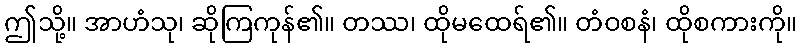
ဤသို့။ အာဟံသု၊ ဆိုကြကုန်၏။ တဿ၊ ထိုမထေရ်၏။ တံဝစနံ၊ ထိုစကားကို။